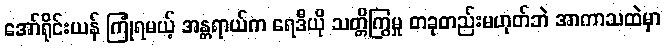
အော်ရိုင်းယန် ကြုံရမယ့် အန္တရာယ်က ရေဒီယို သတ္တိကြွမှု တခုတည်းမဟုတ်ဘဲ အာကာသထဲမှာ